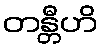
တန္တီဟိ